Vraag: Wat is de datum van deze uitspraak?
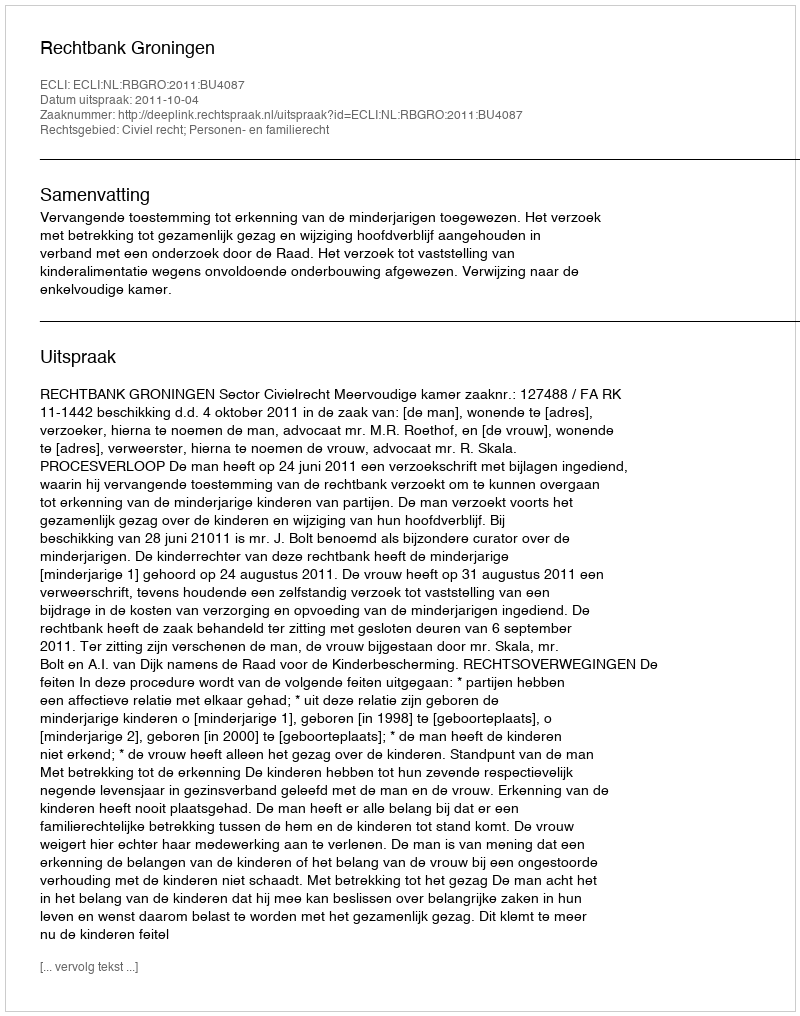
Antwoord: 2011-10-04